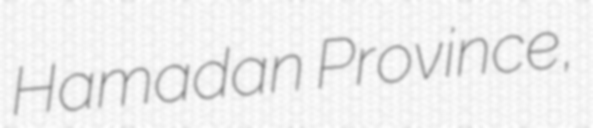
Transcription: Hamadan Province,